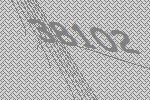
38102